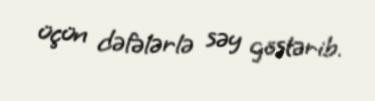
üçün dəfələrlə səy göstərib.